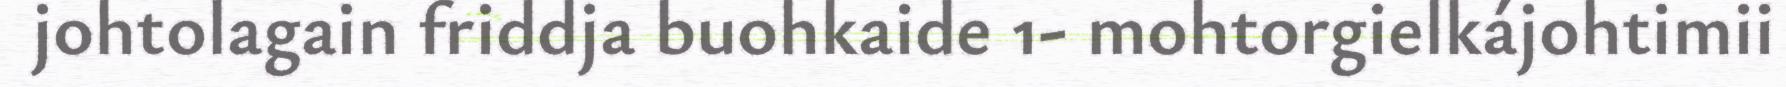
johtolagain friddja buohkaide 1- mohtorgielkájohtimii